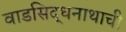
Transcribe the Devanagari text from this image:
वाडसिद्धनाथाची